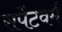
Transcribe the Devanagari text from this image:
सपेंटवर्म